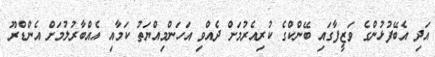
އަދި އެބޭފުޅުންގެ ވަޒީފާގައި ބޭންކްގެ ކުރިއެރުމަށް ދެއްވި އަހަންމިއްޔަތު ކަމާއި އެއްބާރުލުމަށް އެންޑްރޫ